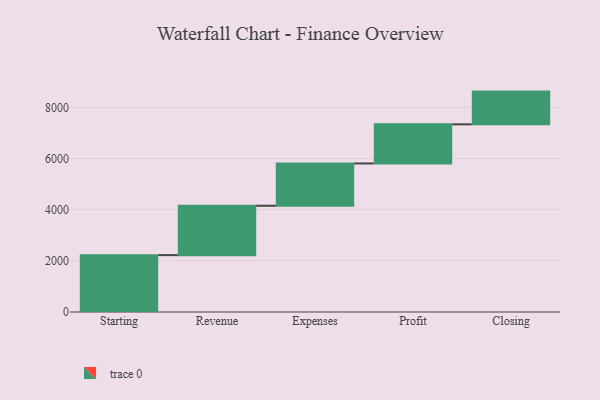
{"axis": {"x": "Step", "y": "Value"}, "legend": [""], "data": [{"x": "Starting", "y": 2223.0, "type": ""}, {"x": "Revenue", "y": 1931.0, "type": ""}, {"x": "Expenses", "y": 1653.0, "type": ""}, {"x": "Profit", "y": 1530.0, "type": ""}, {"x": "Closing", "y": 1279.0, "type": ""}]}